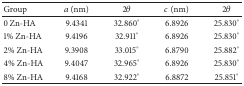
| Group | a (nm) | 2θ | c (nm) | 2θ |
 | --- | --- | --- | --- | --- |
 | 0 Zn-HA | 9.4341 | 32.860° | 6.8926 | 25.830° |
 | 1% Zn-HA | 9.4196 | 32.911° | 6.8926 | 25.830° |
 | 2% Zn-HA | 9.3908 | 33.015° | 6.8790 | 25.882° |
 | 4% Zn-HA | 9.4047 | 32.965° | 6.8926 | 25.830° |
 | 8% Zn-HA | 9.4168 | 32.922° | 6.8872 | 25.851° |